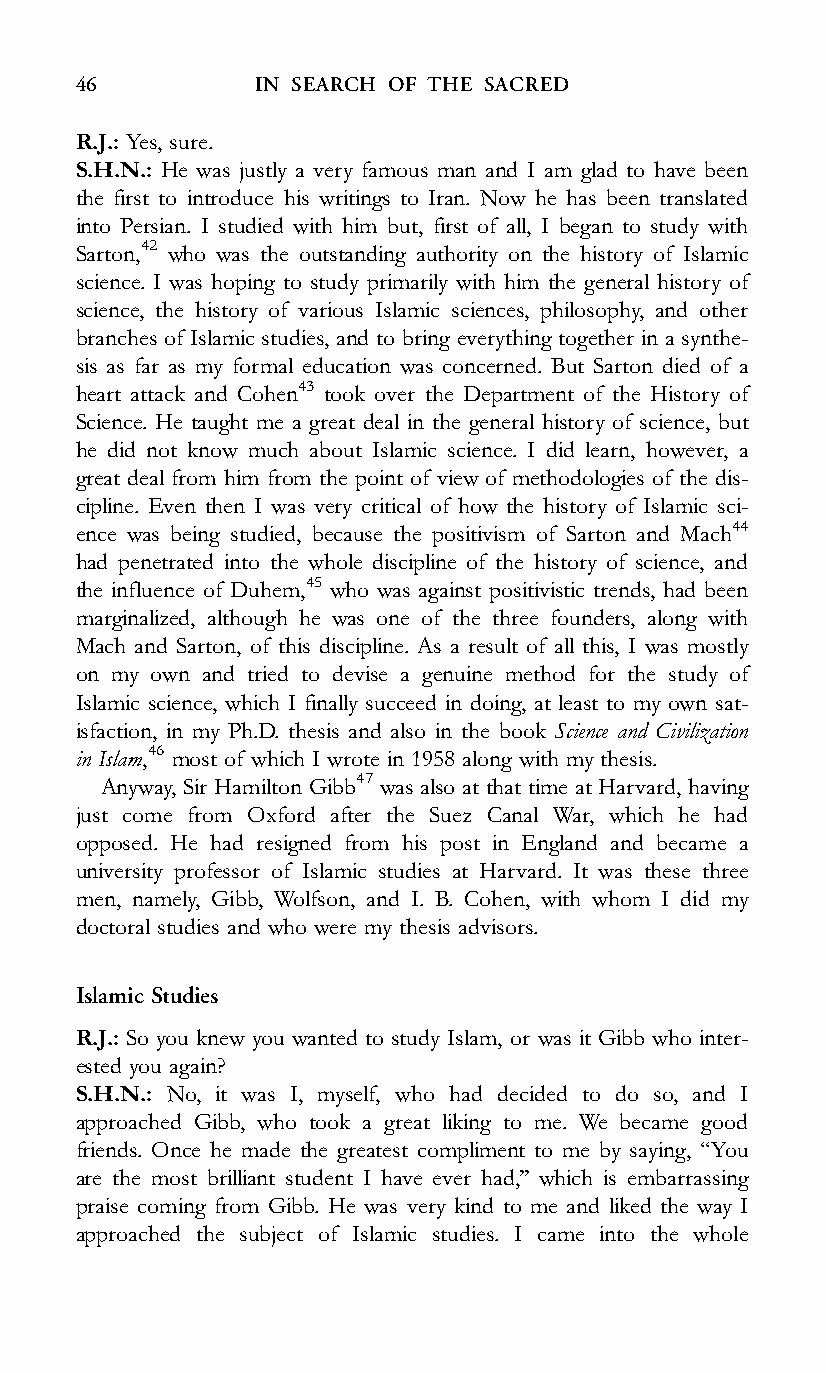
46          IN SEARCH OF THE SACRED
 R.J.: Yes, sure.
 S.H.N.: He was justly a very famous man and I am glad to have been
 the first to introduce his writings to Iran. Now he has been translated
 into Persian. I studied with him but, first of all, I began to study with
 Sarton,42 who was the outstanding authority on the history of Islamic
 science. I was hoping to study primarily with him the general history of
 science, the history of various Islamic sciences, philosophy, and other
 branches of Islamic studies, and to bring everything together in a synthe-
 sis as far as my formal education was concerned. But Sarton died of a
 heart attack and Cohen43 took over the Department of the History of
 Science. He taught me a great deal in the general history of science, but
 he did not know much about Islamic science. I did learn, however, a
 great deal from him from the point of view of methodologies of the dis-
 cipline. Even then I was very critical of how the history of Islamic sci-
 ence was being studied, because the positivism of Sarton and Mach44
 had penetrated into the whole discipline of the history of science, and
 the influence of Duhem,45 who was against positivistic trends, had been
 marginalized, although he was one of the three founders, along with
 Mach and Sarton, of this discipline. As a result of all this, I was mostly
 on my own and tried to devise a genuine method for the study of
 Islamic science, which I finally succeed in doing, at least to my own sat-
 isfaction, in my Ph.D. thesis and also in the book Science and Civilization
 in Islam,46 most of which I wrote in 1958 along with my thesis.
 Anyway, Sir Hamilton Gibb47 was also at that time at Harvard, having
 just come from Oxford after the Suez Canal War, which he had
 opposed. He had resigned from his post in England and became a
 university professor of Islamic studies at Harvard. It was these three
 men, namely, Gibb, Wolfson, and I. B. Cohen, with whom I did my
 doctoral studies and who were my thesis advisors.
 Islamic Studies
 R.J.: So you knew you wanted to study Islam, or was it Gibb who inter-
 ested you again?
 S.H.N.: No, it was I, myself, who had decided to do so, and I
 approached Gibb, who took a great liking to me. We became good
 friends. Once he made the greatest compliment to me by saying, ‘‘You
 are the most brilliant student I have ever had,’’ which is embarrassing
 praise coming from Gibb. He was very kind to me and liked the way I
 approached the subject of Islamic studies. I came into the whole